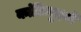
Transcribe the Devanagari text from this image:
कांटिन्युइटी